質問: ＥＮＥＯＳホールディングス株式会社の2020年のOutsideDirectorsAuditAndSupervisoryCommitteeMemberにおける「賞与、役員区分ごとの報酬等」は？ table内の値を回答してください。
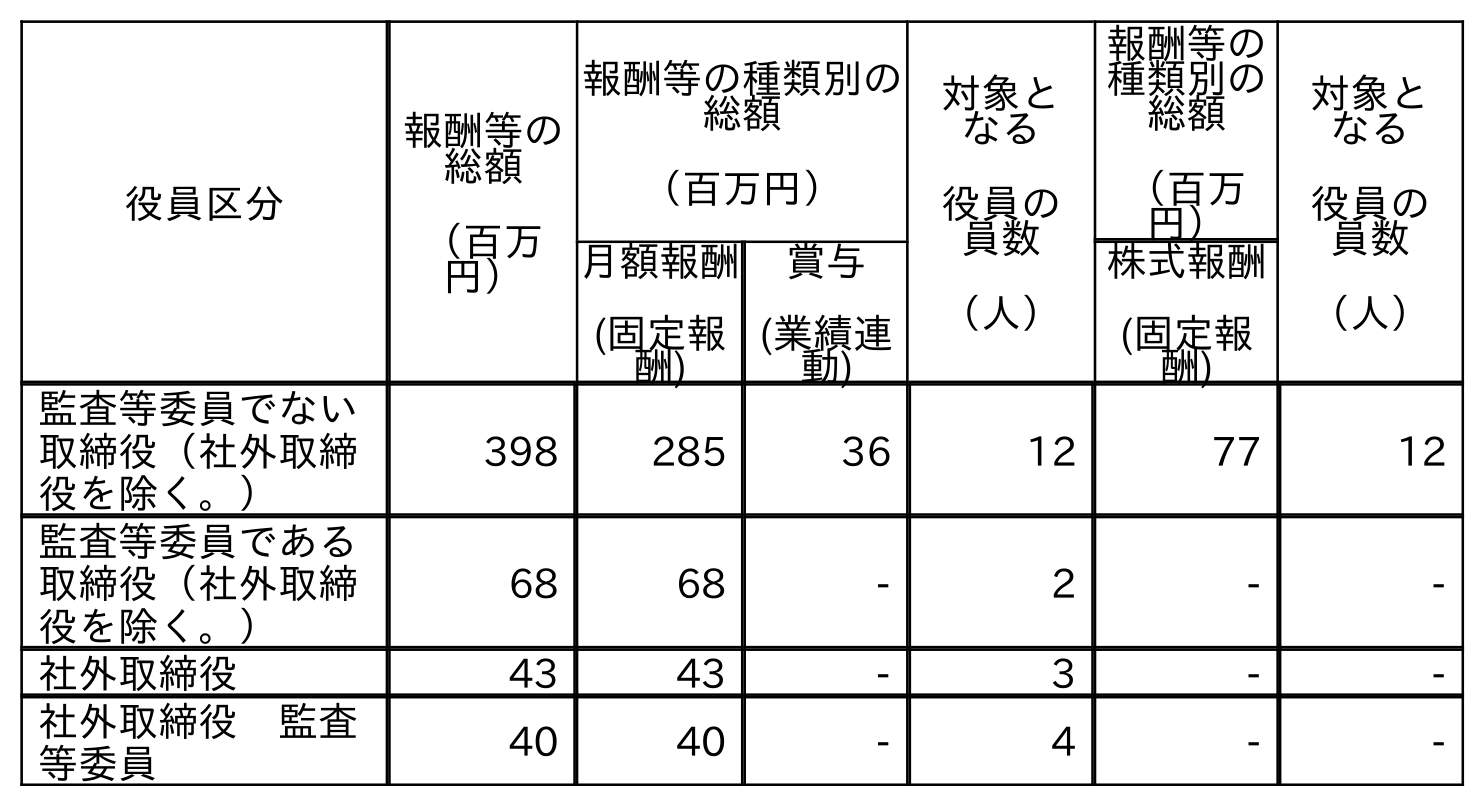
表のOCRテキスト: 役員区分 報酬等の 総額 （百万 円） 報酬等の種類別の 総額 （百万円） 対象と なる 役員の 員数 （人） 報酬等の 種類別の 総額 （百万 円） 対象と なる 役員の 員数 （人） 月額報酬 (固定報 酬) 賞与 (業績連 動) 株式報酬 (固定報 酬) 監査等委員でない 取締役（社外取締 役を除く。） 398 285 36 12 77 12 監査等委員である 取締役（社外取締 役を除く。） 68 68 - 2 - - 社外取締役 43 43 - 3 - - 社外取締役 監査 等委員 40 40 - 4 - -
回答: -